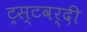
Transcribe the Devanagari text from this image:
ट्रस्टवर्दी